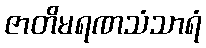
ဇာတိမရဏသံသာရံ